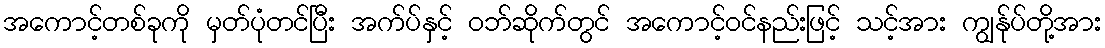
အကောင့်တစ်ခုကို မှတ်ပုံတင်ပြီး အက်ပ်နှင့် ဝဘ်ဆိုက်တွင် အကောင့်ဝင်နည်းဖြင့် သင့်အား ကျွန်ုပ်တို့အား